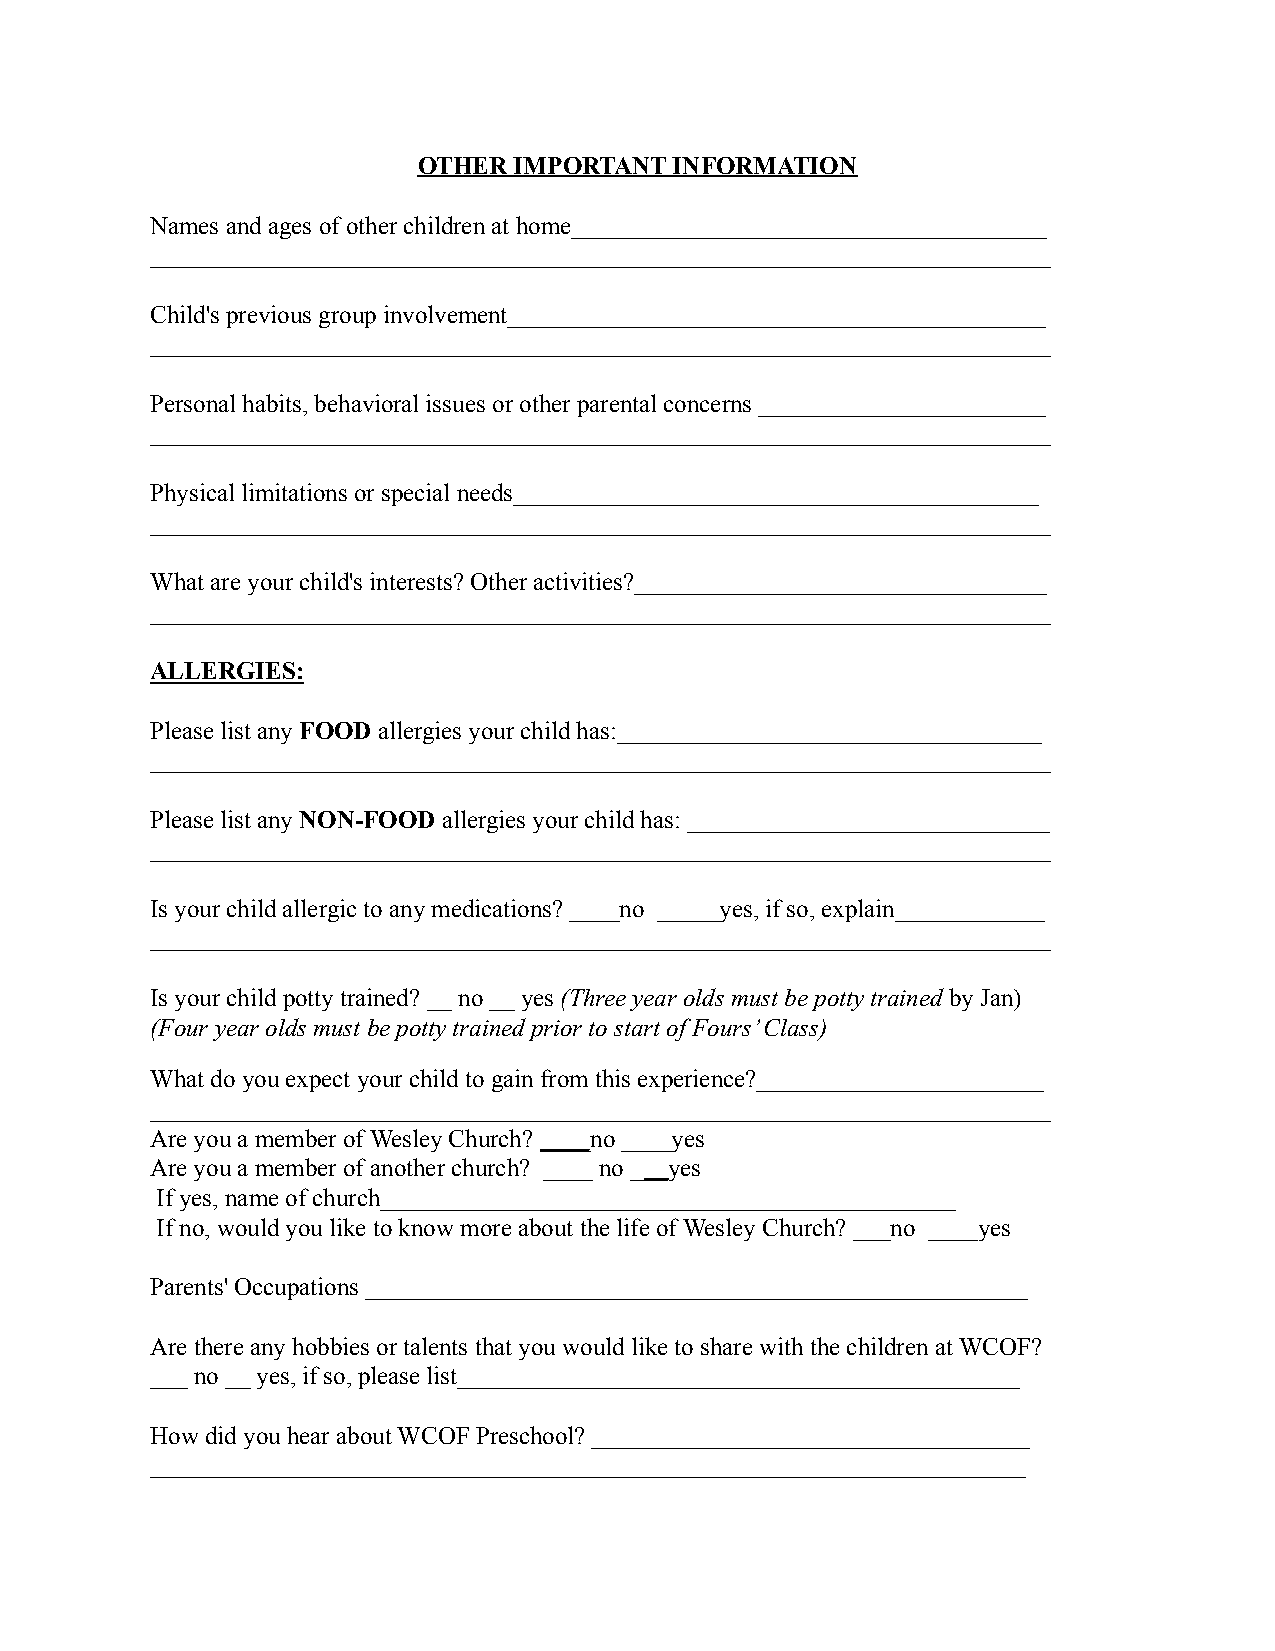
OTHER IMPORTANT  INFORMATION
 Names and ages of other children at home______________________________________
 ________________________________________________________________________
 Child's previous group involvement___________________________________________
 ________________________________________________________________________
 Personal habits, behavioral issues or other parental concerns _______________________
 ________________________________________________________________________
 Physical limitations or special needs__________________________________________
 ________________________________________________________________________
 What are your child's interests? Other activities?_________________________________
 ________________________________________________________________________
 ALLERGIES:
 Please list any FOOD allergies your child has:__________________________________
 ________________________________________________________________________
 Please list any NON-FOOD allergies your child has:_____________________________
 ________________________________________________________________________
 Is your child allergic to any medications? ____no _____yes, if so, explain____________
 ________________________________________________________________________
 Is your child potty trained? __ no __ yes (Three year olds must be potty trainedby Jan)
 (Four year olds must be potty trained prior to start of Fours’ Class)
 What do you expect your child to gain from this experience?_______________________
 ________________________________________________________________________
 Are you a member of Wesley Church? ____no ____yes
 Are you a member of another church? ____ no ___yes
 If yes, name of church______________________________________________
 If no, would you like to know more about the life of Wesley Church? ___no ____yes
 Parents' Occupations _____________________________________________________
 Are there any hobbies or talents that you would like to share with the children at WCOF?
 ___ no __ yes, if so, please list_____________________________________________
 How did you hear about WCOF Preschool? ___________________________________
 ______________________________________________________________________